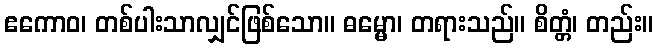
ဧကောဝ၊ တစ်ပါးသာလျှင်ဖြစ်သော။ ဓမ္မော၊ တရားသည်။ စိတ္တံ၊ တည်း။